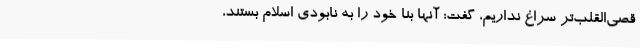
قصی‌القلب‌تر سراغ نداریم، گفت: آنها بنا خود را به نابودی اسلام بستند،